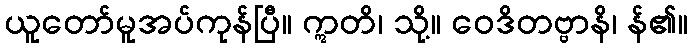
ယူတော်မူအပ်ကုန်ပြီ။ ဣတိ၊ သို့။ ဝေဒိတဗ္ဗာနိ၊ န်၏။